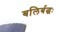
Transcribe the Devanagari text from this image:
बलिर्बद्धः